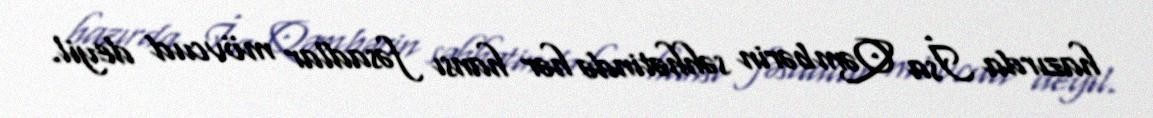
hazırda İsa Qəmbərin səhhətində hər hansı fəsadlar mövcud deyil.